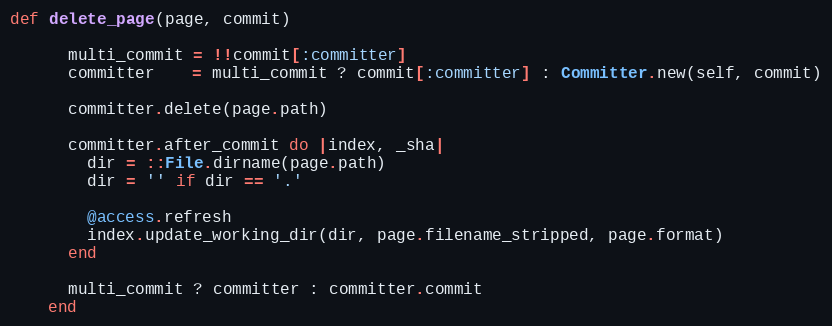
Language: Ruby
def delete_page(page, commit)

      multi_commit = !!commit[:committer]
      committer    = multi_commit ? commit[:committer] : Committer.new(self, commit)

      committer.delete(page.path)

      committer.after_commit do |index, _sha|
        dir = ::File.dirname(page.path)
        dir = '' if dir == '.'

        @access.refresh
        index.update_working_dir(dir, page.filename_stripped, page.format)
      end

      multi_commit ? committer : committer.commit
    end